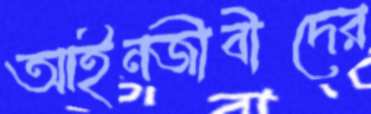
আইনজীবীদের